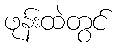
ဖုန်းထဲတွင်